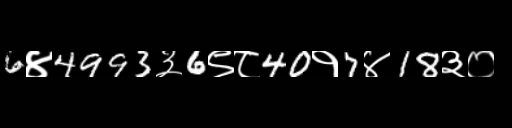
Text: 6४4993३6९८40१7४18३०